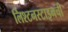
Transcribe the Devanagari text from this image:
लिश्टनस्टाइनची